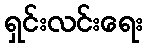
ရှင်းလင်းရေး